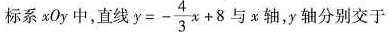
标系xOy中，直线$$y = - \frac { 4 } { 3 } x + 8$$与x轴，y轴分别交于